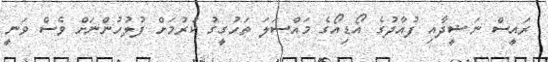
ރައީސް ނަޝީދާއި ފުއާދުގެ އޯޑިއޯގެ މައްސަލަ ތަހުގީގު ކުރުމަށް ފުލުހުންނަށް ވެސް ވަނީ